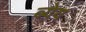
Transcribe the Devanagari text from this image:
ब्येय